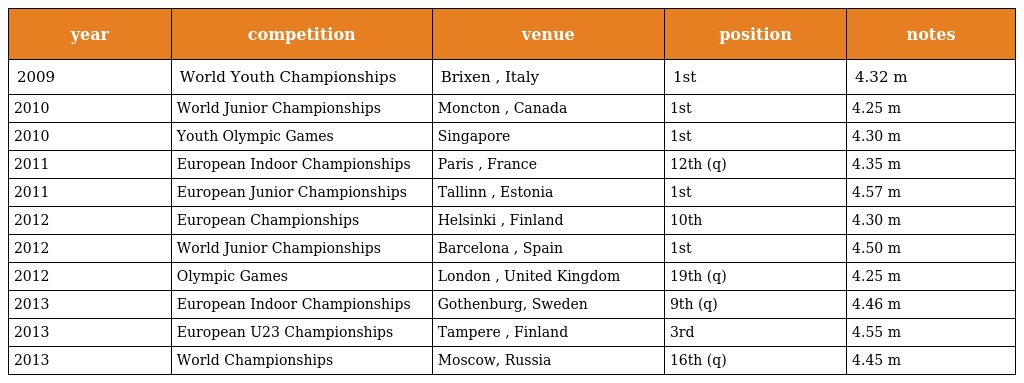
| year | competition | venue | position | notes |
 | --- | --- | --- | --- | --- |
 | 2009 | World Youth Championships | Brixen , Italy | 1st | 4.32 m |
 | 2010 | World Junior Championships | Moncton , Canada | 1st | 4.25 m |
 | 2010 | Youth Olympic Games | Singapore | 1st | 4.30 m |
 | 2011 | European Indoor Championships | Paris , France | 12th (q) | 4.35 m |
 | 2011 | European Junior Championships | Tallinn , Estonia | 1st | 4.57 m |
 | 2012 | European Championships | Helsinki , Finland | 10th | 4.30 m |
 | 2012 | World Junior Championships | Barcelona , Spain | 1st | 4.50 m |
 | 2012 | Olympic Games | London , United Kingdom | 19th (q) | 4.25 m |
 | 2013 | European Indoor Championships | Gothenburg, Sweden | 9th (q) | 4.46 m |
 | 2013 | European U23 Championships | Tampere , Finland | 3rd | 4.55 m |
 | 2013 | World Championships | Moscow, Russia | 16th (q) | 4.45 m |